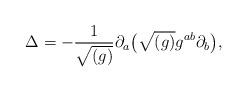
LaTeX: \begin{align*}\Delta = - \frac{1}{\sqrt{(g)}} \partial _{a} \bigl( \sqrt{(g)} g^{ab} \partial _{b} \bigr),\end{align*}